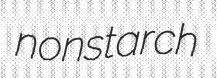
nonstarch